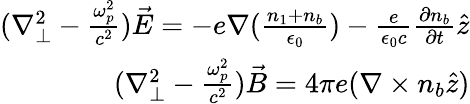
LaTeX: \begin{array}{r}{(\nabla_{\perp}^{2}-\frac{\omega_{p}^{2}}{c^{2}})\vec{E}=-e\nabla(\frac{n_{1}+n_{b}}{\epsilon_{0}})-\frac{e}{\epsilon_{0}c}\frac{\partial n_{b}}{\partial t}\hat{z}}\\ {(\nabla_{\perp}^{2}-\frac{\omega_{p}^{2}}{c^{2}})\vec{B}=4\pi e(\nabla\times n_{b}\hat{z})}\end{array}